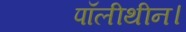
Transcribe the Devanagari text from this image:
पॉलीथीन।